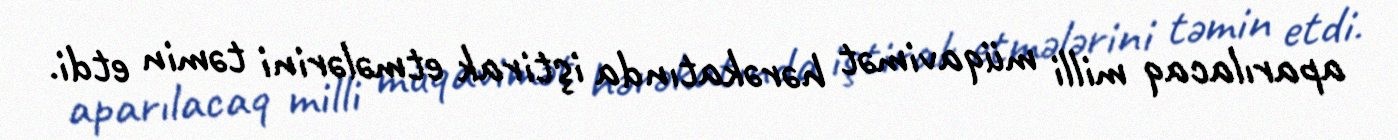
aparılacaq milli müqavimət hərəkatında iştirak etmələrini təmin etdi.